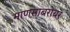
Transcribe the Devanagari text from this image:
माणसाबरोबर